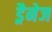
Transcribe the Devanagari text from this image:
ड्रैनेज